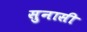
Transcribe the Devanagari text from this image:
सुनासी